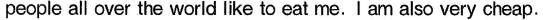
people all over the world like to eat me.I am also very cheap.